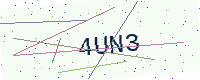
Text: 4UN3